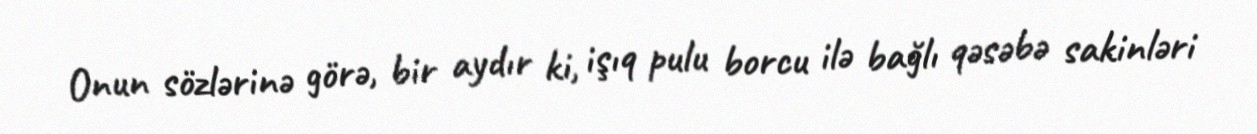
Onun sözlərinə görə, bir aydır ki, işıq pulu borcu ilə bağlı qəsəbə sakinləri